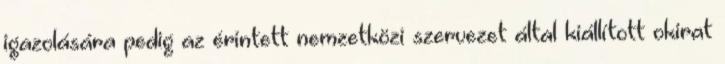
igazolására pedig az érintett nemzetközi szervezet által kiállított okirat